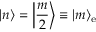
| n \rangle = \left| \frac { m } { 2 } \right\rangle \equiv | m \rangle _ { \mathrm { e } }